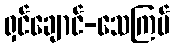
ရှင်ချောင်-သေကြပ်